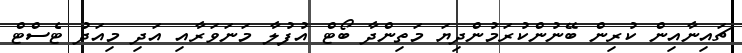
ޗައިނާއިން ކުރިން ބޭނުންކުރަމުންދިޔަ މަތިންދާ ބޯޓް އުފުލާ މަނަވަރާއި އަދި މިއަދު ޓެސްޓް